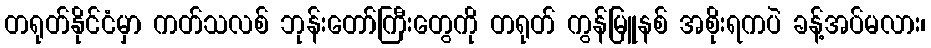
တရုတ်နိုင်ငံမှာ ကတ်သလစ် ဘုန်းတော်ကြီးတွေကို တရုတ် ကွန်မြူနစ် အစိုးရကပဲ ခန့်အပ်မလား၊